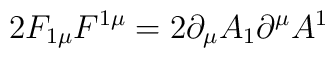
2F_{1\mu}F^{1\mu}=2\partial_{\mu}A_1\partial^{\mu}A^1